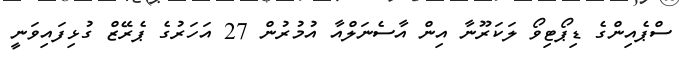
ސްޕެއިންގެ ޑިޕޯޓިވޯ ލަކަރޫނާ އިން އާސެނަލްއާ އުމުރުން 27 އަހަރުގެ ޕެރޭޒް ގުޅިފައިވަނީ